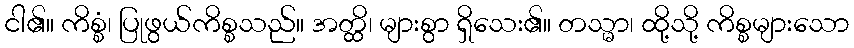
ငါ၏။ ကိစ္စံ၊ ပြုဖွယ်ကိစ္စသည်။ အတ္ထိ၊ များစွာ ရှိသေး၏။ တသ္မာ၊ ထို့သို့ ကိစ္စများသော